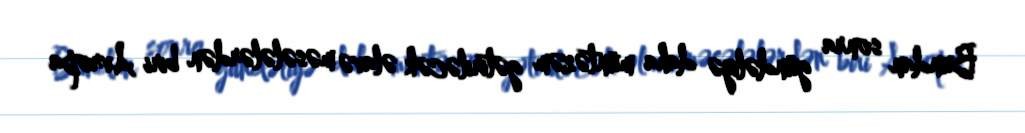
Bundan sonra gündəliyə daha müntəzəm gətiriləcək əlavə məsələlərdən biri Avropa